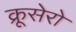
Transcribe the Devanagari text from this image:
क्रूसेरो